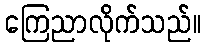
ကြေညာလိုက်သည်။